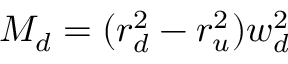
M _ { d } = ( r _ { d } ^ { 2 } - r _ { u } ^ { 2 } ) w _ { d } ^ { 2 }